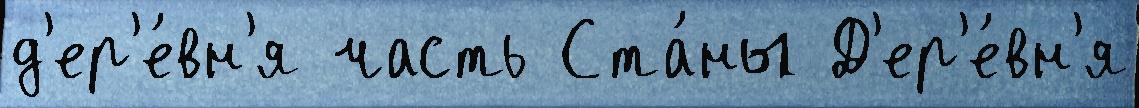
д'ер'е́вн'я часть Ста́ны Д'ер'е́вн'я